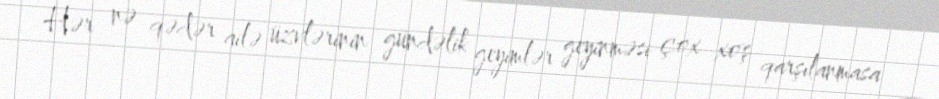
Hər nə qədər ailə üzvlərinin gündəlik geyimlər geyinməsi çox xoş qarşılanmasa